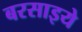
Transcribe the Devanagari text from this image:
बरसाइये